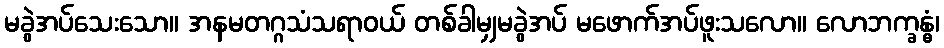
မခွဲအပ်သေးသော။ အနမတဂ္ဂသံသရာဝယ် တစ်ခါမျှမခွဲအပ် မဖောက်အပ်ဖူးသလော။ လောဘက္ခန္ဓံ၊